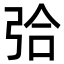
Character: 㢵